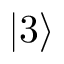
| 3 \rangle